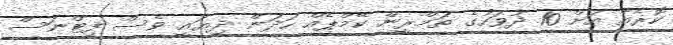
ކޮރެއާ އަށް 10 ދުވަހުގެ ތަމްރީން ކޭމްޕެއް ހަދަން ދިޔައީ ވެސް ފިޓްނަސް